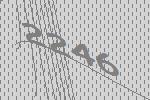
2246